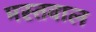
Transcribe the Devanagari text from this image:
मस्तवाल